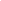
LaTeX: \begin{array}{rl}\end{array}